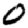
Digit: 0